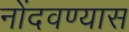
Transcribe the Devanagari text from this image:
नोंदवण्यास